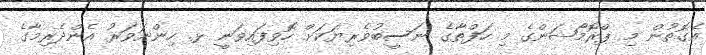
އެގޮތުން މި ޕްރޮމޯޝަންގެ މި ހަފްތާގެ ނަސީބުވެރިޔަކަށް ހޮވިފައިވަނީ ޅ. ހިންނަވަރު އެންދެރިމާގެ